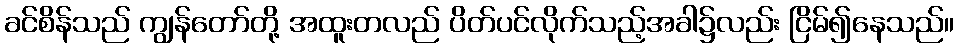
ခင်စိန်သည် ကျွန်တော်တို့ အထူးတလည် ပိတ်ပင်လိုက်သည့်အခါ၌လည်း ငြိမ်၍နေသည်။